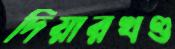
দিয়ারখণ্ড